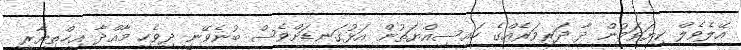
އޭލެވެލް ކިޔަވަމުން ދާ ދަރިވަރެއްގެ ހައިސިއްޔަތުން އަޅުގަނޑަށްވެސް ބުނެވޭނީ ދިވެހި މާއްދާ އިޚްތިޔާރީ